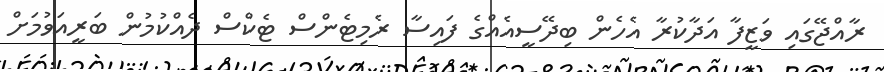
ރާއްޖޭގައި ވަޒީފާ އަދާކުރާ އެހެން ބިދޭސީއެއްގެ ފައިސާ ރެމިޓެންސް ޓެކްސް ދެއްކުމުން ބަރީއަވުމަށް